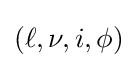
(\ell ,\nu ,i,\phi )